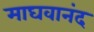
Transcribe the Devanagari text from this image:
माघवानंद